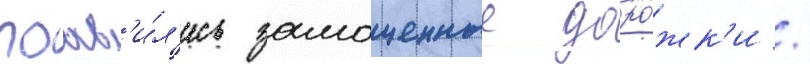
поав'и́л'ись замощенные доро́жк'и /